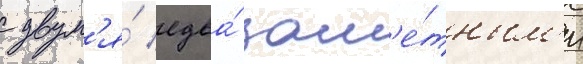
с двум'я́ едва́ зам'е́тным'и